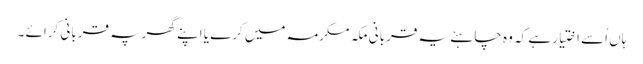
ہاں اُسے اختیار ہے کہ وہ چاہئے یہ قربانی مکہ مکرمہ میں کرے یا اپنے گھرپہ قربانی کرائے ۔